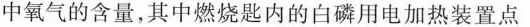
中氧气的含量，其中燃烧匙内的白磷用电加热装置点